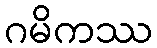
ဂမိကဿ